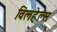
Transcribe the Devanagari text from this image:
विलहेल्स